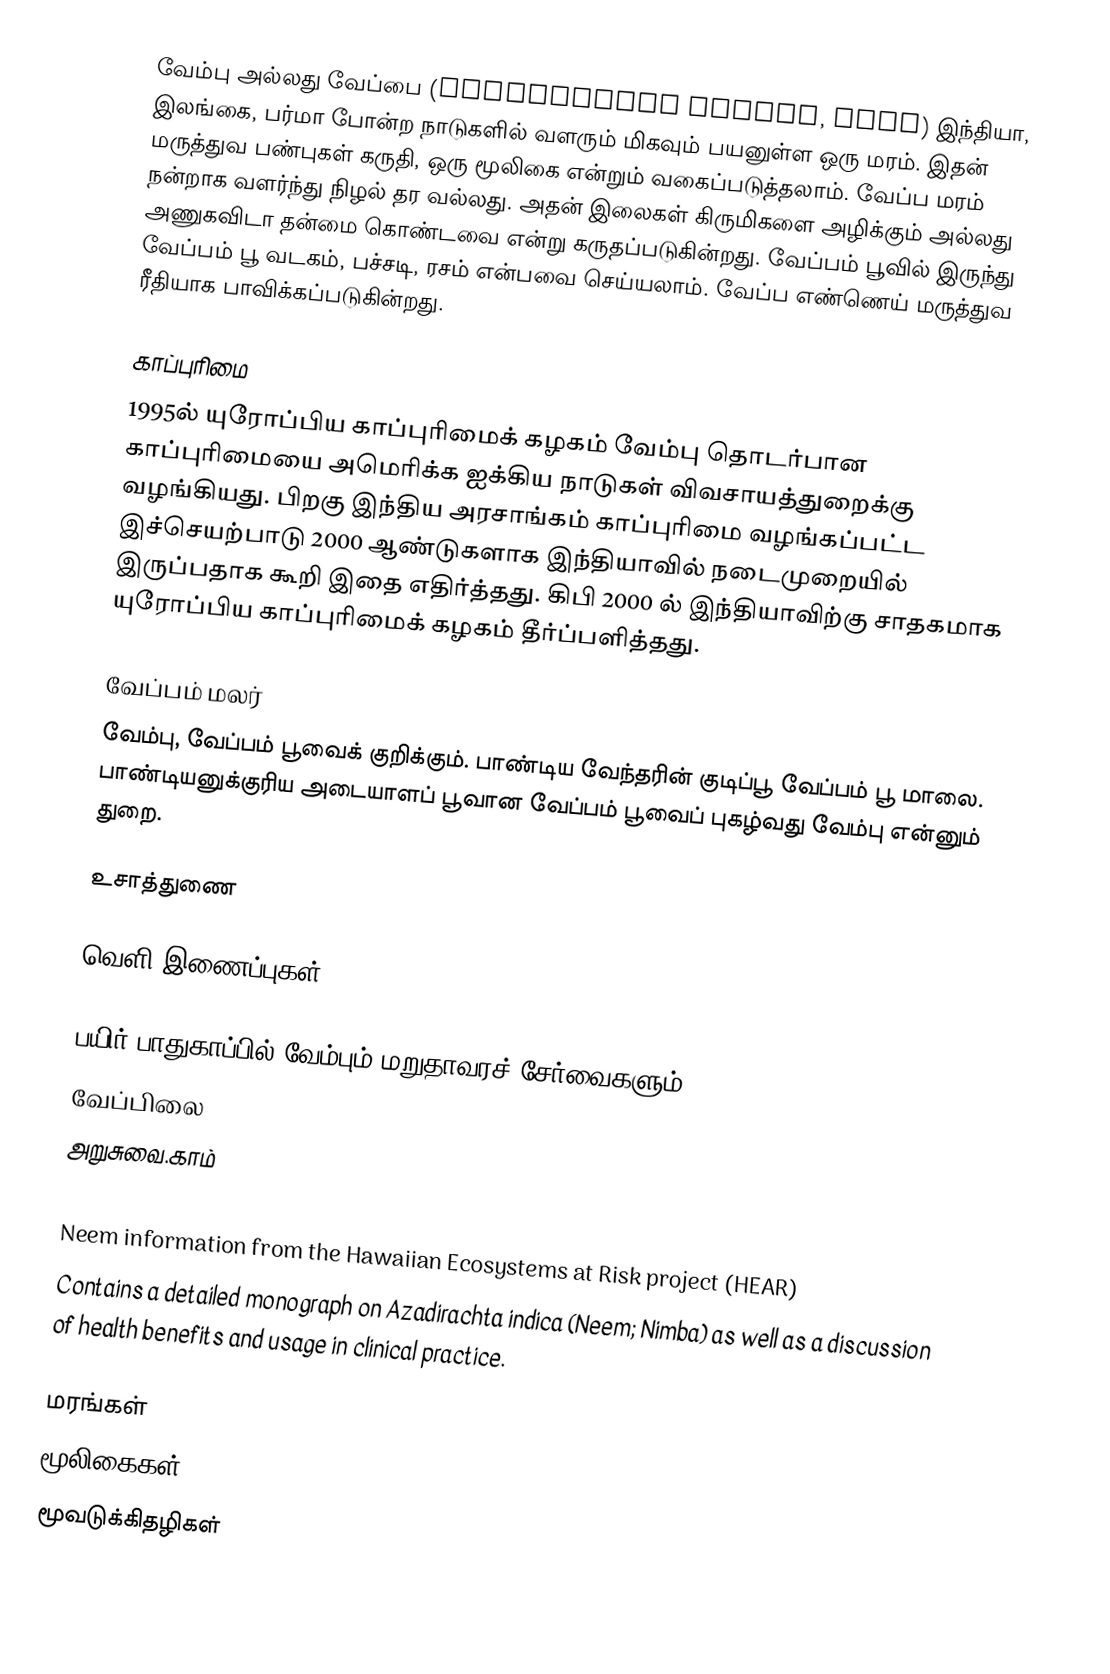
வேம்பு அல்லது வேப்பை (Azadirachta indica, Neem) இந்தியா, இலங்கை, பர்மா போன்ற நாடுகளில் வளரும் மிகவும் பயனுள்ள ஒரு மரம். இதன் மருத்துவ பண்புகள் கருதி, ஒரு மூலிகை என்றும் வகைப்படுத்தலாம். வேப்ப மரம் நன்றாக வளர்ந்து நிழல் தர வல்லது. அதன் இலைகள் கிருமிகளை அழிக்கும் அல்லது அணுகவிடா தன்மை கொண்டவை என்று கருதப்படுகின்றது. வேப்பம் பூவில் இருந்து வேப்பம் பூ வடகம், பச்சடி, ரசம் என்பவை செய்யலாம். வேப்ப எண்ணெய் மருத்துவ ரீதியாக பாவிக்கப்படுகின்றது.

காப்புரிமை
1995ல் யுரோப்பிய காப்புரிமைக் கழகம் வேம்பு தொடர்பான காப்புரிமையை அமெரிக்க ஐக்கிய நாடுகள் விவசாயத்துறைக்கு வழங்கியது. பிறகு இந்திய அரசாங்கம் காப்புரிமை வழங்கப்பட்ட இச்செயற்பாடு 2000 ஆண்டுகளாக இந்தியாவில் நடைமுறையில் இருப்பதாக கூறி இதை எதிர்த்தது. கிபி 2000 ல் இந்தியாவிற்கு சாதகமாக யுரோப்பிய காப்புரிமைக் கழகம் தீர்ப்பளித்தது.

வேப்பம் மலர்
 வேம்பு, வேப்பம் பூவைக் குறிக்கும். பாண்டிய வேந்தரின் குடிப்பூ வேப்பம் பூ மாலை. பாண்டியனுக்குரிய அடையாளப் பூவான வேப்பம் பூவைப் புகழ்வது வேம்பு என்னும் துறை.

உசாத்துணை

வெளி இணைப்புகள்

 பயிர் பாதுகாப்பில் வேம்பும் மறுதாவரச் சேர்வைகளும்
 வேப்பிலை
 அறுசுவை.காம்
 Invasiveness information from Pacific Island Ecosystems at Risk (PIER)
 Neem information from the Hawaiian Ecosystems at Risk project (HEAR)
 Contains a detailed monograph on Azadirachta indica (Neem; Nimba) as well as a discussion of health benefits and usage in clinical practice.

மரங்கள்
மூலிகைகள்
மூவடுக்கிதழிகள்